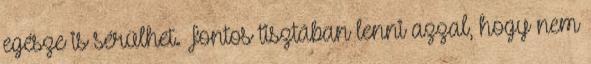
egésze is sérülhet. Fontos tisztában lenni azzal, hogy nem